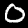
Label: 0